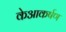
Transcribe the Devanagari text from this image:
केआकर्षण